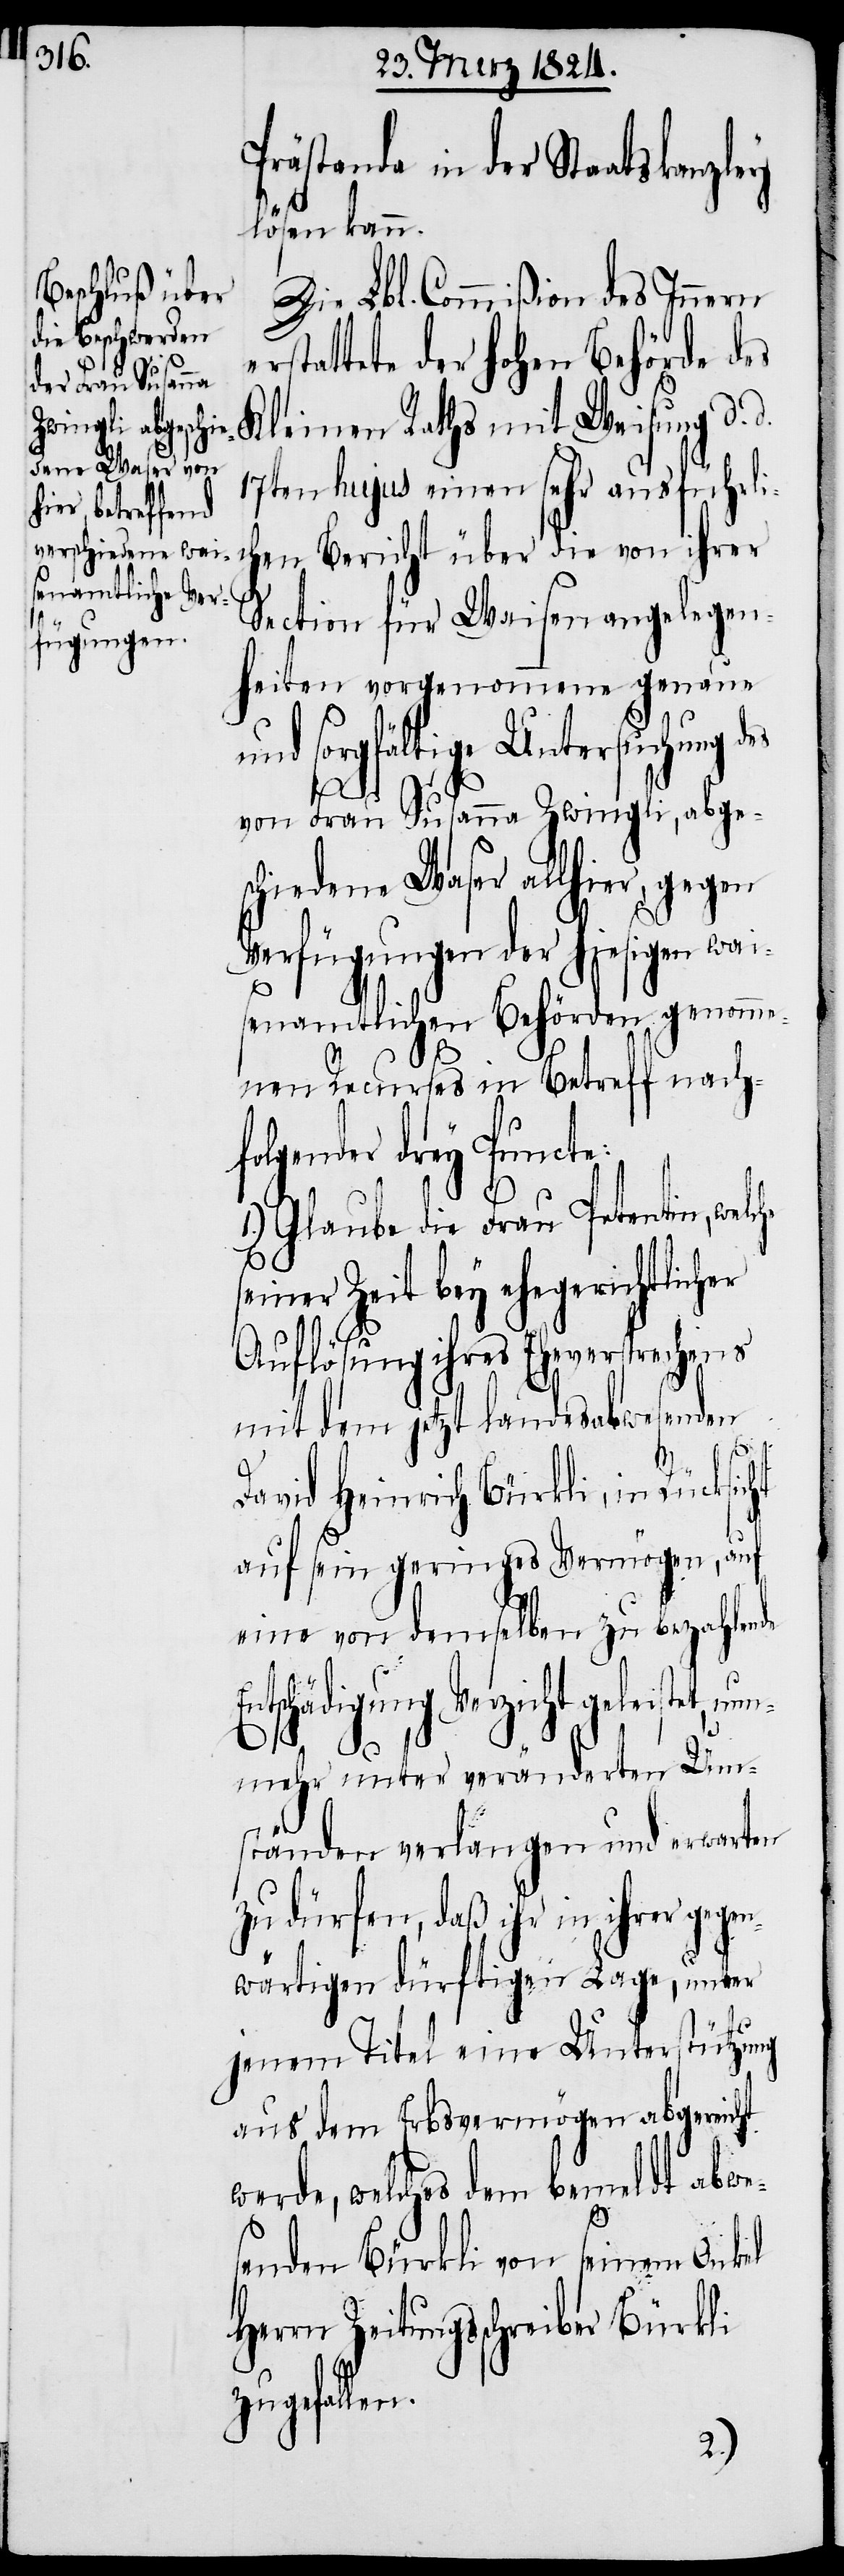
Prästanda in der Staatskanzley
lösen kann.
Die Lbl. Commißion des Innern
rstattete der hohen Behörde
des Kleinen Raths mit Weisung d.
17ten hujus einen sehr ausführlic¬
hen Bericht über die von ihrer
Section für Waisenangelegen¬
heiten vorgenommene genaue
und sorgfältige Untersuchung des
von Frau Susanna Zwingli, abges¬
chiedene Waser allhier, gegen
Verfügungen der hiesigen wai¬
senamtlichen Behörden genomme¬
nen Recurses in Betreff nachf¬
olgender drey Punc¬
1.) Glaube die Frau Petentin, welc¬
he
seiner bey ehegerichtlich¬
Auflösung ihres Eheversprechens
mit dem jetzt landesabwesenden
er
David Heinrich Bürkli, in Rücksicht
auf sein geringes Vermögens, auf
eine von demselben zu bezahlende
Entschädigung Verzicht geleistet, nun¬
mehr unter veränderten Um¬
ständen verlangen und erwarten
zu dürfen, daß ihr in ihrer gegen¬
wärtigen dürftigen Lage, unter
te:
jenem Titel eine Unterstützung
aus dem Erbsvermögen abgereicht
werde, welches dem bemeldt abwe¬
senden Bürkli von seinem Onkel
Herrn Zeitungsschreiber Bürkli
zugefallen.